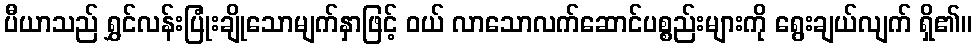
ပီယာသည် ရွှင်လန်းပြုံးချိုသောမျက်နှာဖြင့် ဝယ် လာသောလက်ဆောင်ပစ္စည်းများကို ရွေးချယ်လျက် ရှိ၏။